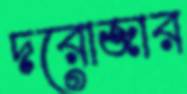
দরোজার